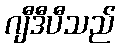
ဂျီဒီပီသည်